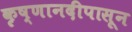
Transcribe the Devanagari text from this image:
कृष्णानदीपासून